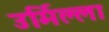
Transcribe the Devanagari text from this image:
उर्मिल्ला